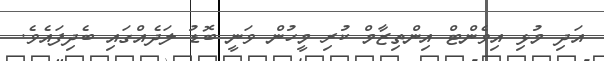
އަދި މުޅި އިވެންޓް އިންތިޒާމް ކުރި މީހުން ވަނީ ބޮޑު ލަދެއްގައި ބެދިފައެވެ.